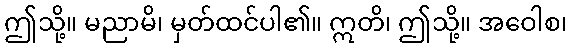
ဤသို့။ မညာမိ၊ မှတ်ထင်ပါ၏။ ဣတိ၊ ဤသို့။ အဝေါစ၊